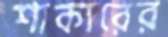
শাকারের